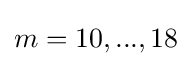
m=10,...,18